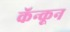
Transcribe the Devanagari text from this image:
कॅन्कून